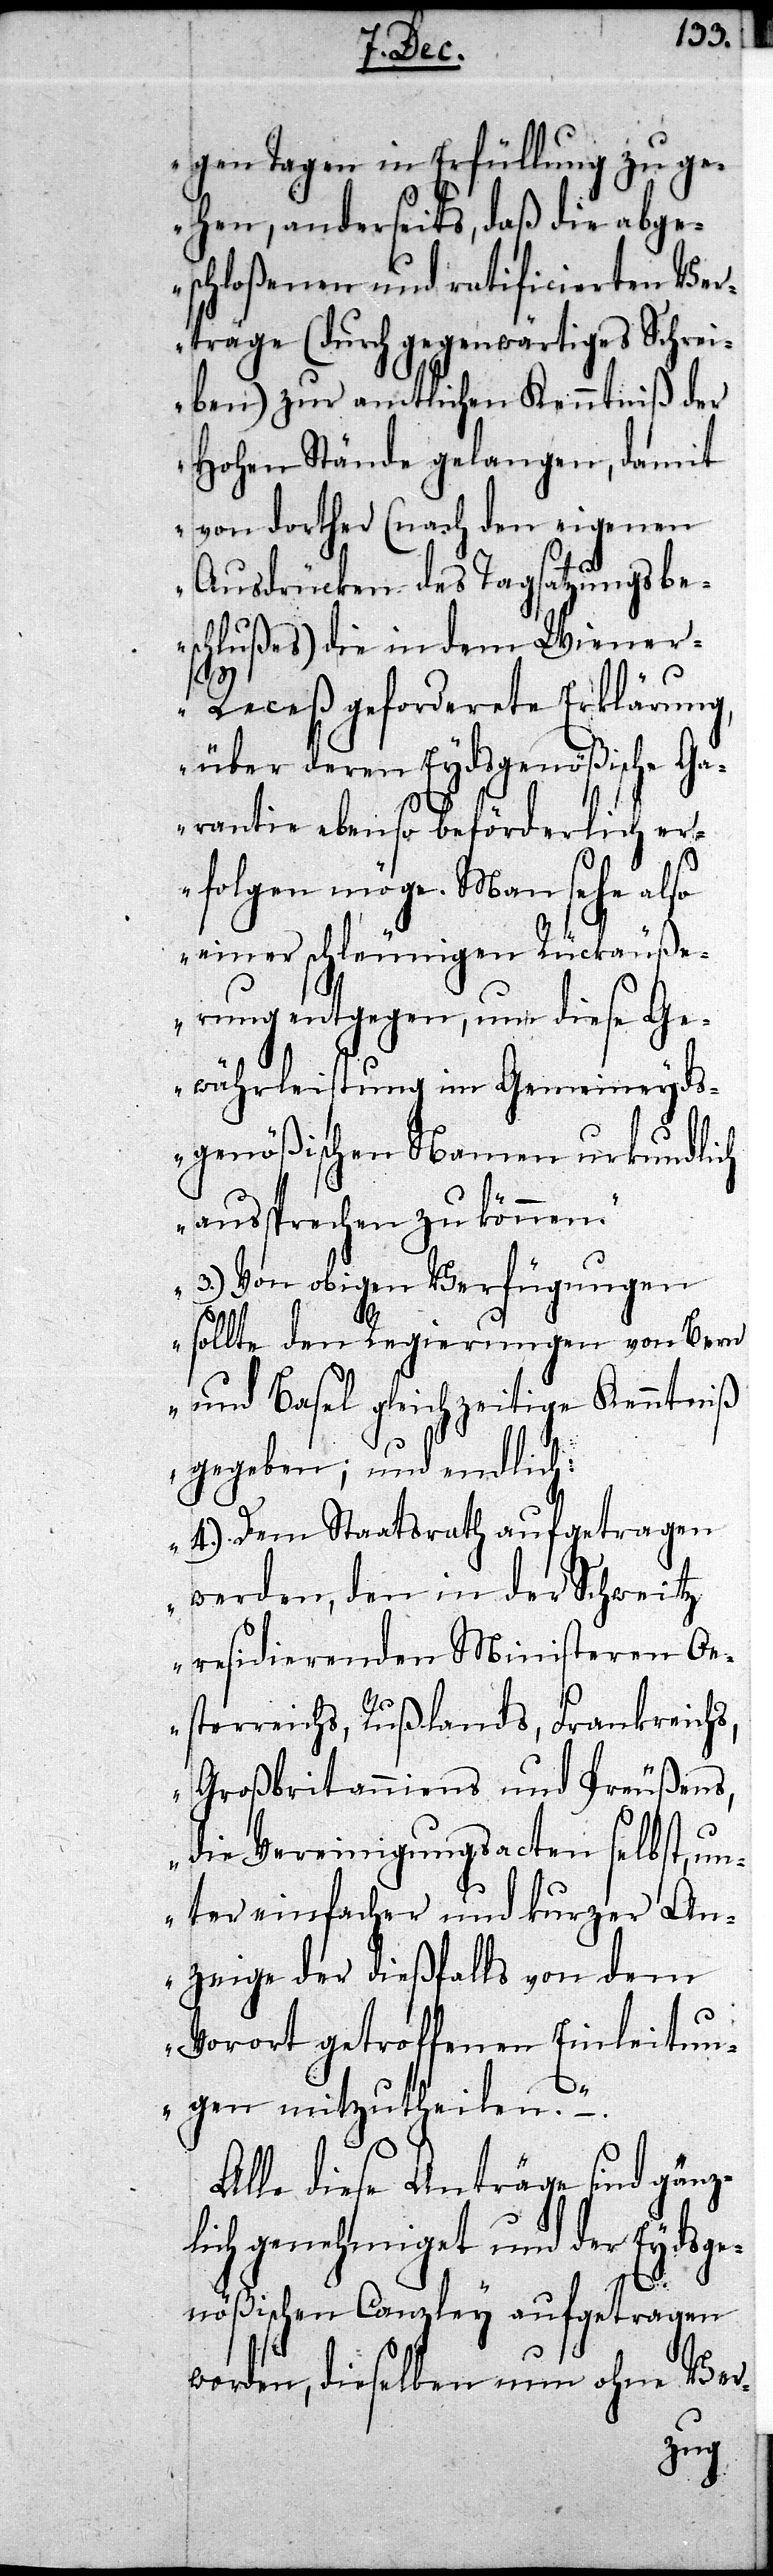
gen Tagen in Erfüllung zu ge¬
hen, anderseits, daß die abge¬
schloßenen und ratificierten Ver¬
träge (durch gegenwärtiges Schrei¬
ben) zur amtlichen Kenntniß der
Hohen Stände gelangen, damit
von dorther (nach den eigenen
Ausdrücken des Tagsatzungsbe¬
schlußes) die in dem Wiene¬
r-Receß geforderete Erklärung,
über deren Eydsgenößische Ga¬
rantie ebenso beförderlich er¬
folgen möge. Man sehe also
einer schleunigen Rückäuße¬
rung entgegen, um diese Ge¬
währleistung im Gemeineyd¬
sgenößischen Rahmen urkundlich
aussprechen zu können.
3.) Von obigen Verfügungen
sollte den Regierung von Bern
und Basel gleichzeitige Kenntniß
gegeben; und endlich:
4.) Dem Staatsrath aufgetragen
werden, den in der Schweitz
residierenden Ministeren Oe¬
sterreichs, Rußlands, Frankreich¬
Großbritanniens und Preußens,
die Vereinigungsacten selbst, u¬
nter einfacher und kurzer An¬
zeige der dießfalls von dem
Vorort getroffenen Einleitun¬
gen mitzutheilen.“ –.
Alle diese Anträge sind gänz¬
lich genehmiget und der Eydsge¬
nößischen Canzley aufgetragen
worden, dieselben nun ohne Ver-
s,